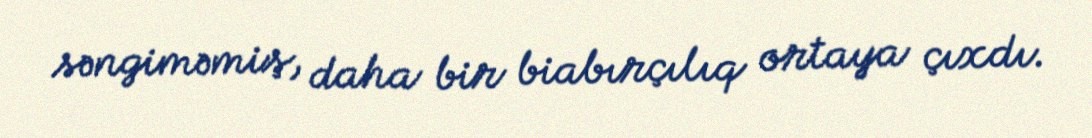
səngiməmiş, daha bir biabırçılıq ortaya çıxdı.